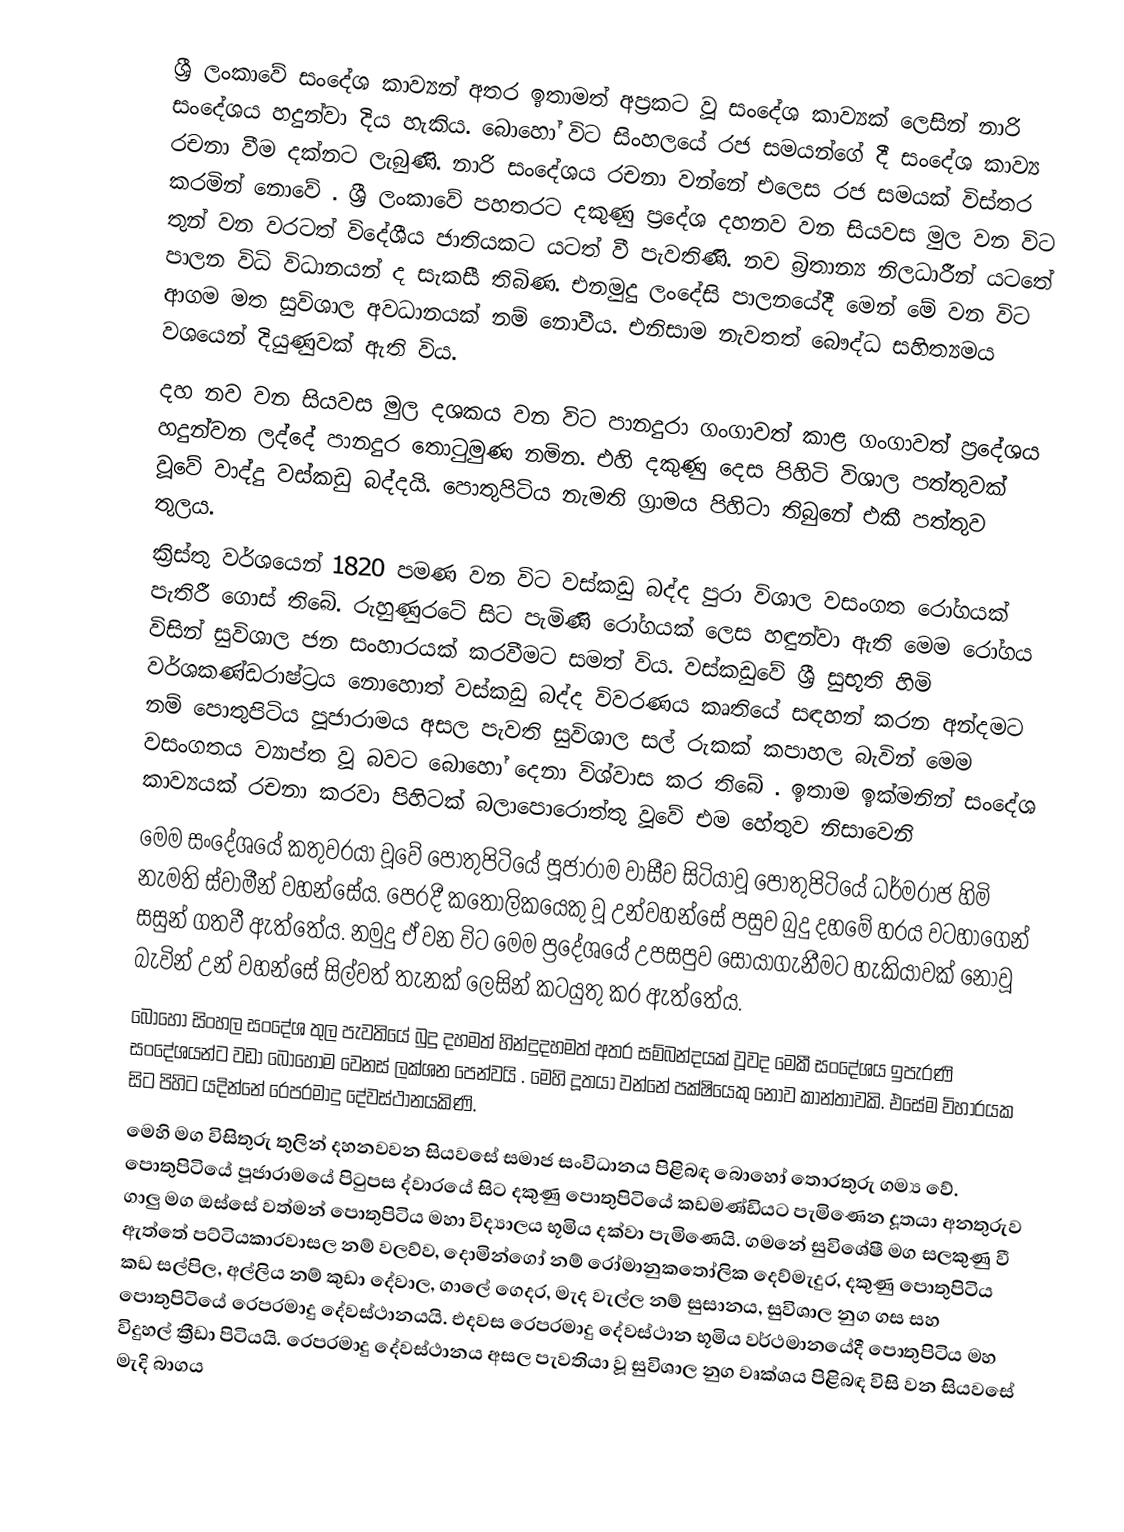
ශ්‍රී ලංකාවේ සංදේශ කාව්‍යන් අතර ඉතාමත් අප්‍රකට වූ සංදේශ කාව්‍යක් ලෙසින් නාරි සංදේශය හදුන්වා දිය හැකිය. බොහෝ විට සිංහලයේ රජ සමයන්ගේ දී සංදේශ කාව්‍ය රචනා වීම දක්නට ලැබුණි. නාරි සංදේශය රචනා වන්නේ එලෙස රජ සමයක් විස්තර කරමින් නොවේ . ශ්‍රී ලංකාවේ පහතරට දකුණු ප්‍රදේශ දහනව වන සියවස මුල වන විට තුන් වන වරටත් විදේශීය ජාතියකට යටත් වී පැවතිණි. නව බ්‍රිතාන්‍ය නිලධාරීන් යටතේ පාලන විධි විධානයන් ද සැකසී තිබිණ. එනමුදු ලංදේසි පාලනයේදී මෙන් මේ වන විට ආගම මත සුවිශාල අවධානයක් නම් නොවීය. එනිසාම නැවතත් බෞද්ධ සහිත්‍යමය වශයෙන් දියුණුවක් ඇති විය.
දහ නව වන සියවස මුල දශකය වන විට පානදුරා ගංගාවත් කාළ ගංගාවත් ප්‍රදේශය හදුන්වන ලද්දේ පානදුර තොටුමුණ නමින. එහි දකුණු දෙස පිහිටි විශාල පත්තුවක් වූවේ වාද්දු වස්කඩු බද්දයි. පොතුපිටිය නැමති ග්‍රාමය පිහිටා තිබුනේ  එකී පත්තුව තුලය.
ක්‍රිස්තු වර්ශයෙන් 1820 පමණ වන විට වස්කඩු බද්ද පුරා විශාල වසංගත රෝගයක් පැතිරී ගොස් තිබේ. රුහුණුරටේ සිට පැමිණි රෝගයක් ලෙස හඳුන්වා ඇති මෙම රෝගය විසින් සුවිශාල ජන සංහාරයක් කරවීමට සමත් විය. වස්කඩුවේ ශ්‍රී සුභූති හිමි වර්ශකණ්ඩරාෂ්ට්‍රය නොහොත් වස්කඩු බද්ද විවරණය කෘතියේ සඳහන් කරන අන්දමට නම් පොතුපිටිය පූජාරාමය අසල පැවති සුවිශාල සල් රුකක් කපාහල බැවින් මෙම වසංගතය ව්‍යාප්ත වූ බවට බොහෝ දෙනා විශ්වාස කර තිබේ . ඉතාම ඉක්මනින් සංදේශ කාව්‍යයක් රචනා කරවා පිහිටක් බලාපොරොත්තු වූවේ එම හේතුව නිසාවෙනි
මෙම සංදේශයේ කතුවරයා වූවේ පොතුපිටියේ පූජාරාම වාසීව සිටියාවූ පොතුපිටියේ ධර්මරාජ හිමි නැමති ස්වාමීන් වහන්සේය. පෙරදී කතෝලිකයෙකු වූ උන්වහන්සේ පසුව බුදු දහමේ හරය වටහාගෙන් සසුන් ගතවී ඇත්තේය. නමුදු ඒ වන විට මෙම ප්‍රදේශයේ උපසපුව සොයාගැනීමට හැකියාවක් නොවූ බැවින් උන් වහන්සේ සිල්වත් තැනක් ලෙසින් කටයුතු කර ඇත්තේය.
බොහෝ සිංහල සංදේශ තුල පැවතියේ බුදු දහමත් හින්දුදහමත් අතර සම්බන්දයක් වූවද මෙකී සංදේශය ඉපැරණි සංදේශයන්ට වඩා බොහෝම වෙනස් ලක්ශන පෙන්වයි . මෙහි දූතයා වන්නේ පක්ෂියෙකු නොව කාන්තාවකි. එසේම විහාරයක සිට පිහිට යදින්නේ රෙපරමාදු දේවස්ථානයකිණි.
මෙහි මග විසිතුරු තුලින් දහනවවන සියවසේ සමාජ සංවිධානය පිළිබඳ බොහෝ තොරතුරු ගම්‍ය වේ. පොතුපිටියේ පූජාරාමයේ පිටුපස ද්වාරයේ සිට දකුණු පොතුපිටියේ කඩමණ්ඩියට පැමිණෙන දූතයා අනතුරුව ගාලු මග ඔස්සේ වත්මන් පොතුපිටිය මහා විද්‍යාලය භූමිය දක්වා පැමිණෙයි. ගමනේ සුවිශේෂී මග සලකුණු වී ඇත්තේ පට්ටියකාරවාසල නම් වලව්ව, දොමින්ගෝ නම් රෝමානුකතෝලික දෙව්මැදුර, දකුණු පොතුපිටිය කඩ සල්පිල, අල්ලිය නම් කුඩා දේවාල, ගාලේ ගෙදර, මැද වැල්ල නම් සුසානය, සුවිශාල නුග ගස සහ පොතුපිටියේ රෙපරමාදු දේවස්ථානයයි. එදවස රෙපරමාදු දේවස්ථාන භූමිය වර්ථමානයේදී පොතුපිටිය මහ විදුහල් ක්‍රීඩා පිටියයි. රෙපරමාදු දේවස්ථානය අසල පැවතියා වූ සුවිශාල නුග වෘක්ශය පිළිබඳ විසි වන සියවසේ මැදි බාගය